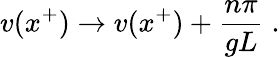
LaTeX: v(x^{+})\rightarrow v(x^{+})+{\frac{n\pi}{gL}}\; .